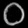
Digit: ၀